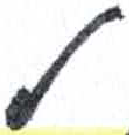
אות: ל